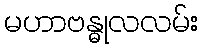
မဟာဗန္ဓုလလမ်း